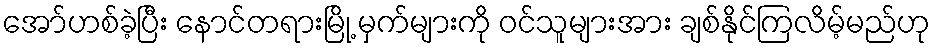
အော်ဟစ်ခဲ့ပြီး နောင်တရားမြို့ မှက်များကို ဝင်သူများအား ချစ်နိုင်ကြလိမ့်မည်ဟု